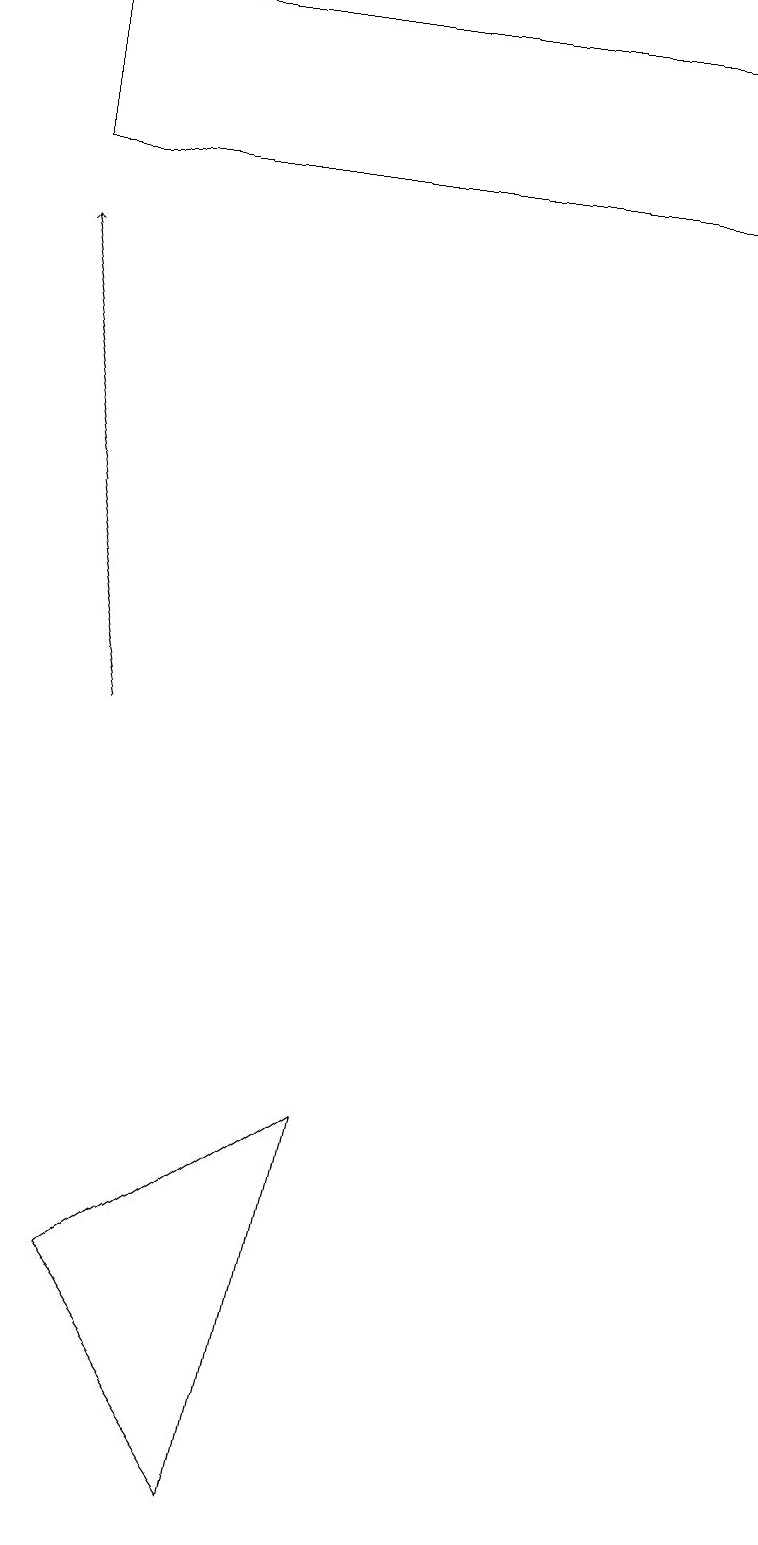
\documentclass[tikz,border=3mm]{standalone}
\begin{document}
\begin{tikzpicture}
\draw (1,3) -- (4,5) -- (3,0) -- cycle;
\draw (0,19) rectangle (9,17);
\draw[->] (1,10) -- (0,16);
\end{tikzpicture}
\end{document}